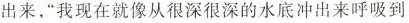
出来，”我现在就像从很深很深的水底冲出来呼吸到